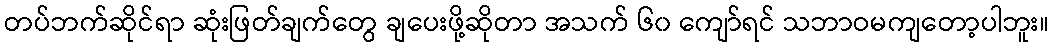
တပ်ဘက်ဆိုင်ရာ ဆုံးဖြတ်ချက်တွေ ချပေးဖို့ဆိုတာ အသက် ၆၀ ကျော်ရင် သဘာဝမကျတော့ပါဘူး။